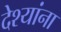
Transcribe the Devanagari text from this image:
देश्यांना